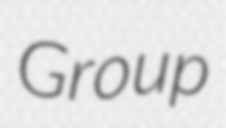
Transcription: Group